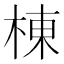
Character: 棟